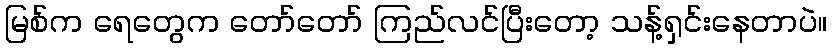
မြစ်က ရေတွေက တော်တော် ကြည်လင်ပြီးတော့ သန့်ရှင်းနေတာပဲ။